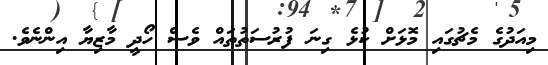
މިއަދުގެ މެޗުގައި މޮޅަށް ކުޅެ ގިނަ ފުރުސަތުތައް ވެސް ހޯދީ މާޒިޔާ އިންނެވެ.